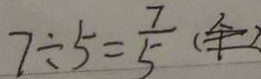
7 \div 5 = \frac { 7 } { 5 }